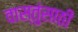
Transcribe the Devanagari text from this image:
वास्तुंसाठी